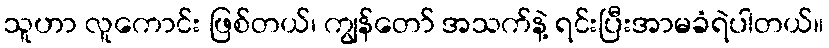
သူဟာ လူကောင်း ဖြစ်တယ်၊ ကျွန်တော် အသက်နဲ့ ရင်းပြီးအာမခံရဲပါတယ်။